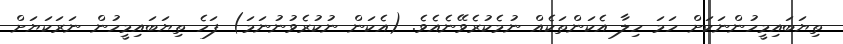
ތިޔަބައިމީހުންނަކަށް ހަމަ ހިލާ އެކަންތަކެއް ނުމެކުރެވޭނެއެވެ. (އެކަން ނުކުރެވުނުނަމަ) ފަހެ ތިޔަބައިމީހުން ނަރަކަޔަށް